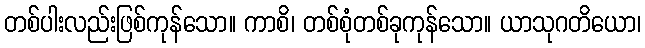
တစ်ပါးလည်းဖြစ်ကုန်သော။ ကာစိ၊ တစ်စုံတစ်ခုကုန်သော။ ယာသုဂတိယော၊